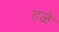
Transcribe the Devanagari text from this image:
हळे